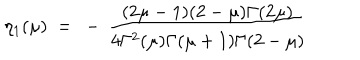
LaTeX: \eta _ { 1 } ( \mu ) ~ = ~ - \, \frac { ( 2 \mu - 1 ) ( 2 - \mu ) \Gamma ( 2 \mu ) } { 4 \Gamma ^ { 2 } ( \mu ) \Gamma ( \mu + 1 ) \Gamma ( 2 - \mu ) }